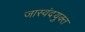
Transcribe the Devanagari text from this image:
जास्वंदयुक्त